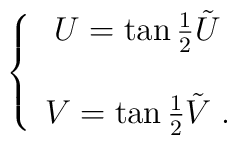
\left\{\begin{array}{c}U = \tan{1\over 2}\tilde{U}\nonumber\\\\V = \tan{1\over 2}\tilde{V}\;.\end{array}\right.